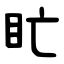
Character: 盳